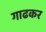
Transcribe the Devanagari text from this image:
गाढकर